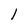
Character: I